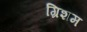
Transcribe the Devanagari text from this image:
ग्रिशम